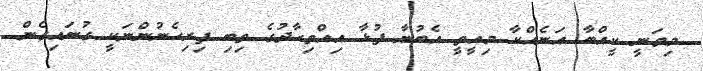
މިވަނީ ކީއްބާ އަނެއްކާ މިއީތީ އެބުނާ ފުޅާ އިއްތިހާދުގެ ތިބި ފިރިހެނުންނަކީ ގުނައިގެން